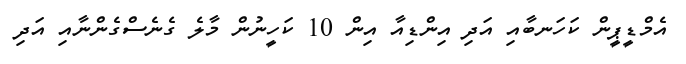
އެމްޑީޕީން ކަހަނބާއި އަދި އިންޑިއާ އިން 10 ކަހީނުން މާލެ ގެނެސްގެންނާއި އަދި